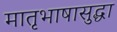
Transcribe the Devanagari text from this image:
मातृभाषासुद्धा